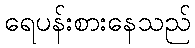
ရေပန်းစားနေသည်